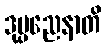
ဒုပ္ပညေနာတိ